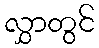
လွှာတွင်